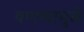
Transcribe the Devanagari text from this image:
वणव्यामुळे